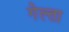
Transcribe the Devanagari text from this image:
गेल्ता